Rae_vallavalitsus, lk 100
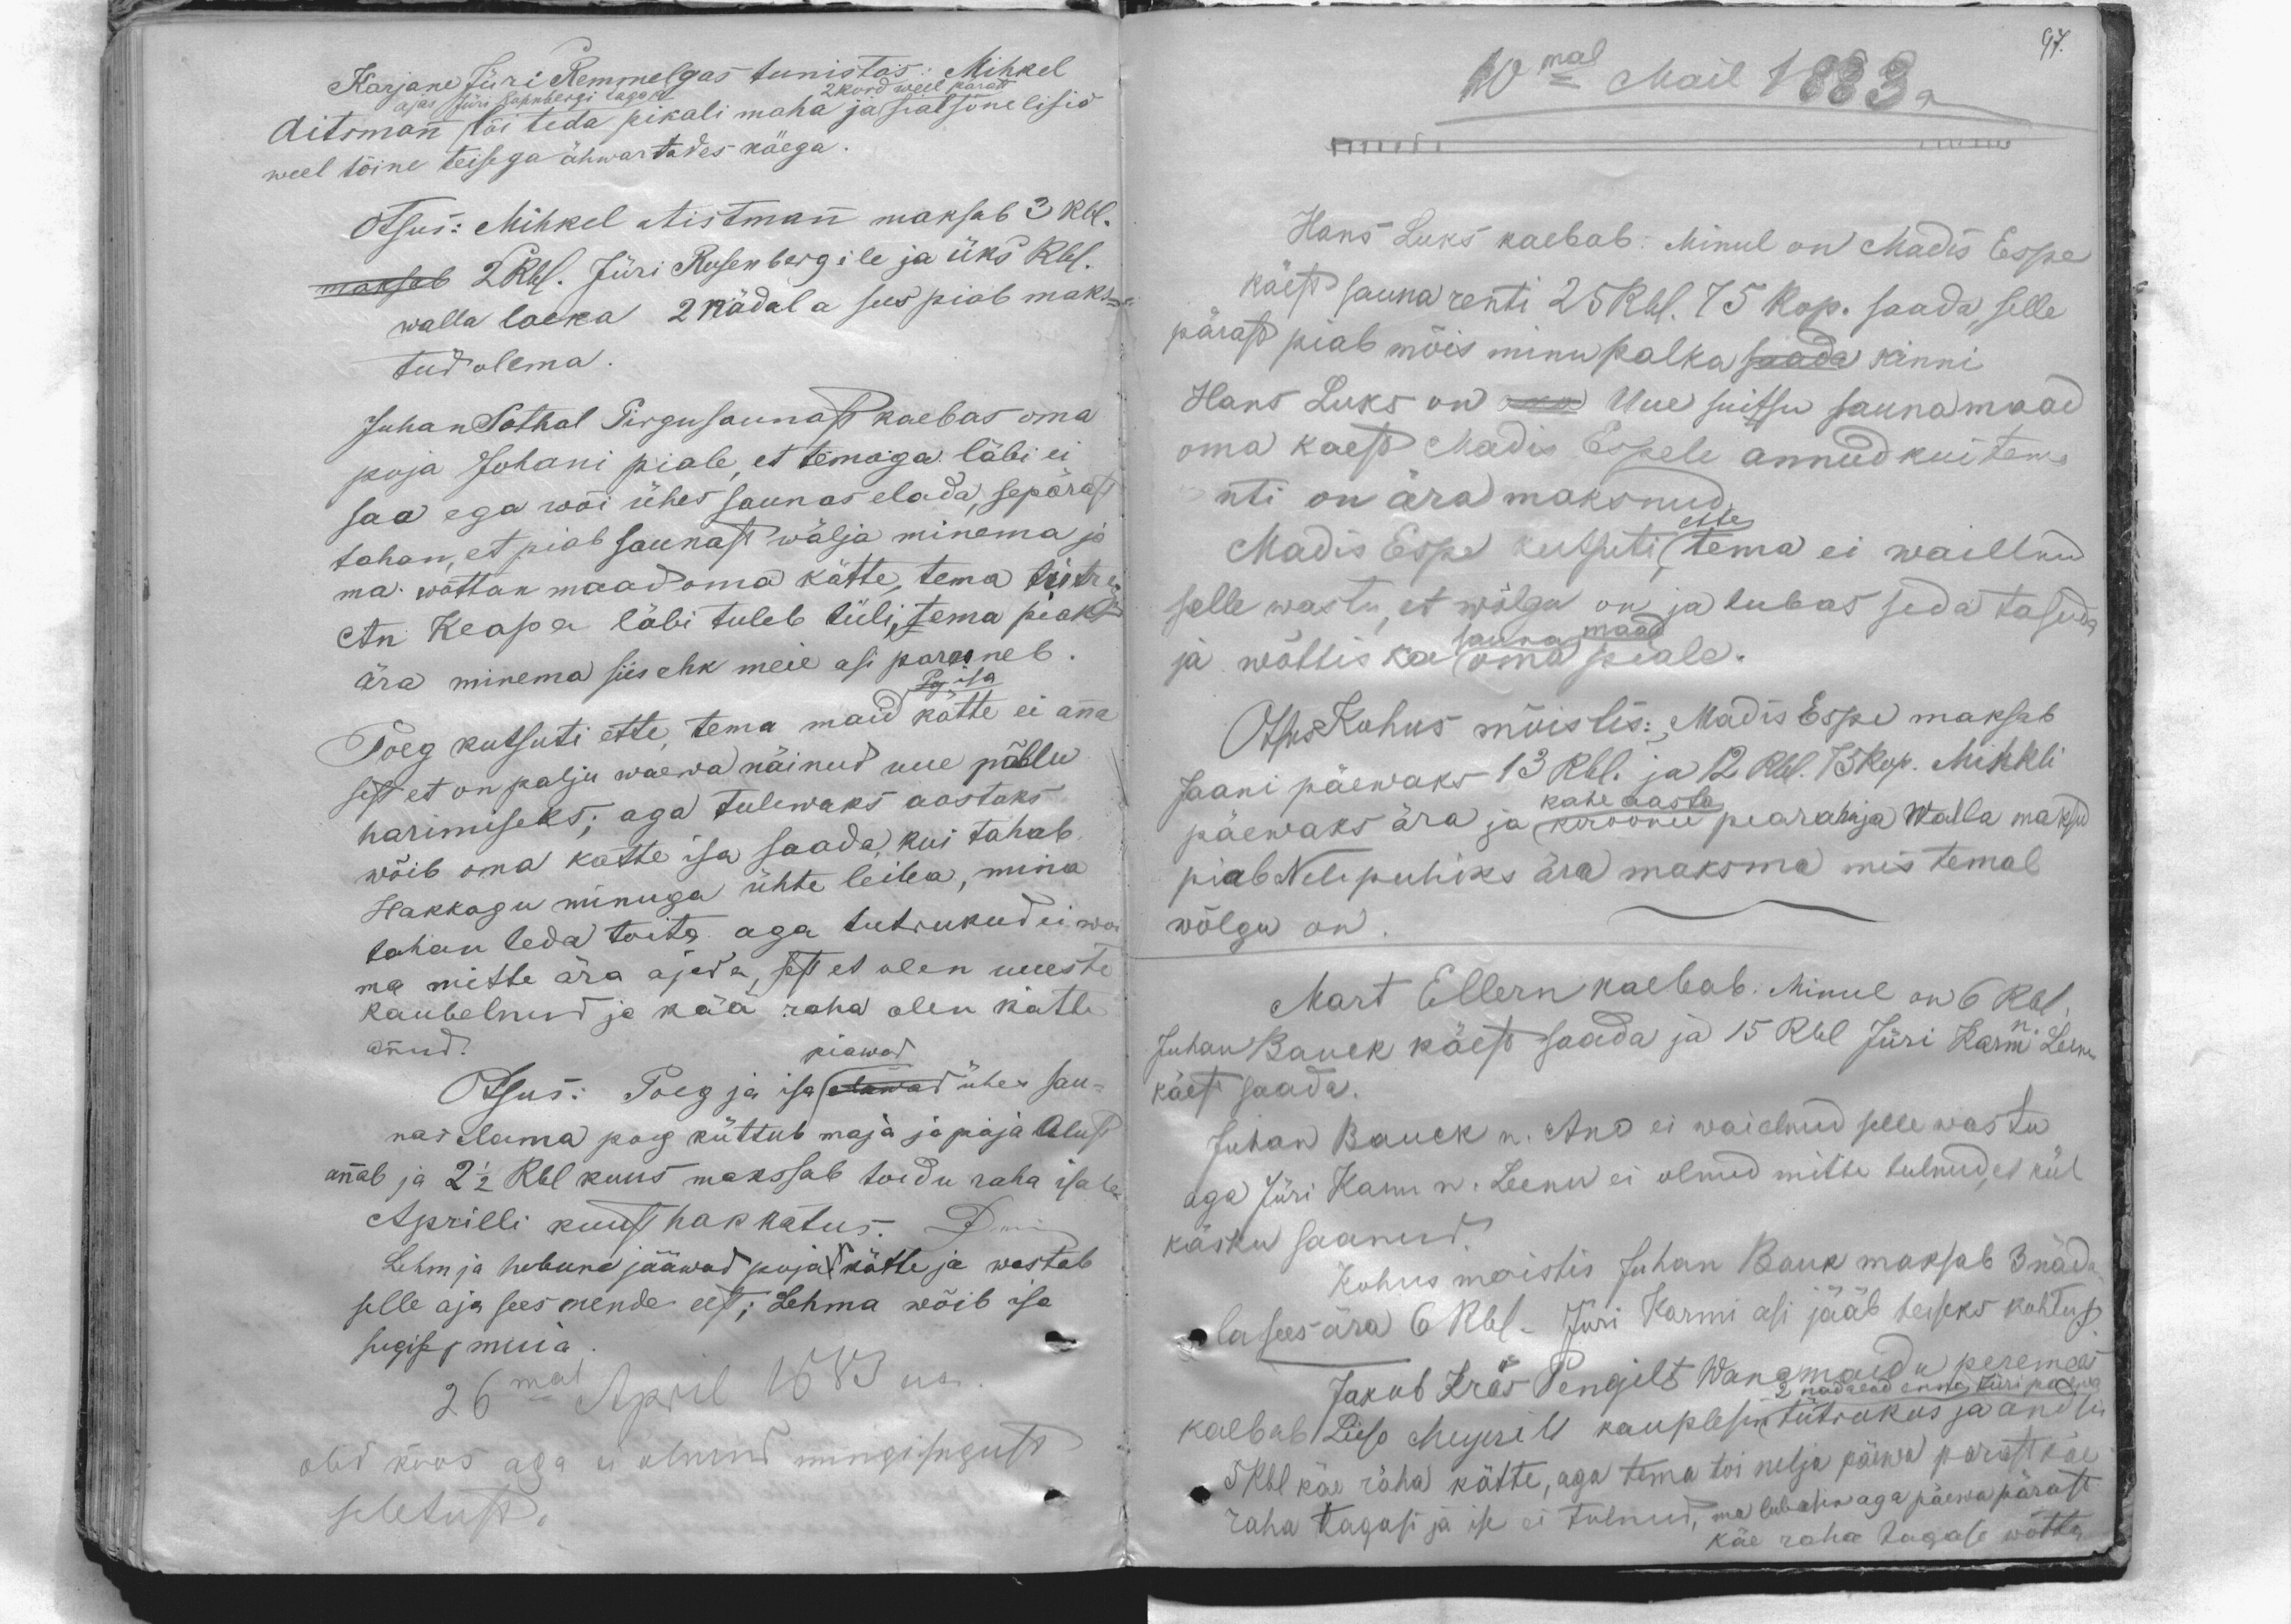
97.

Karjane Jüri Remmelgas tunistas: Mihkel
Aitsmann tõi teda pikali maha ja sial sõnelisid
weel tõine teisega ähwartades käega.
ajas Jüri Rosenbergi taga ja
Otsus: Mihkel Aistmann maksab 3 Rbl.
maksab 2Rbl. Jüri Rosenbergile ja üks Rbl.
walla laeka 2 nädala sees piab maks-
tud olema.
Juhan Sothal Pirgu saunast kaebas oma
poja Johani piale, et temaga läbi ei
saa ega wõi ühes saunas elada, sepärast
tahan, et piab saunast wälja minema ja
ma wõttan maad oma kätte, tema tütre
An Keapa läbi tuleb tüli, tema piaks
ära minema siis ehk meie asi paraneb
Pog isa
Poeg kutsuti ette, tema maid kätte ei anna
sest et on palju waewa näinud uue põllu
harimiseks; aga tulewaks aastaks
wõib oma katte isa saada, kui tahab.
Hakkagu minuga ühte leiba, mina
tahan teda toita aga tutrukud ei woi
ma mitte ära ajada, sest et olen uueste
kaubelnud ja kää raha olen kätte
annud.
piawad
Otsus: Poeg ja isa elawad ühes sau-
nas elama poeg küttub maja ja maja Alust
annab ja 2 1/2 Rbl kuus makssab toidu raha isale
Aprilli kuust hakkatus
Lehm ja hobune jääwad poja kätte ja wastab
selle aja sees nende eest; Lehma wõib isa
sugise j muia
26mal April 1883 ast
olic koos aga ei olnud mingisugust
seletust.

10mal Mail 1883 a
Hans Luks kaebab: Minul on Madis Espe
käest sauna renti 25 Rbl. 75 kop. saada, selle
pärast piab mõis minu palka saada kinni
Hans Luks on oma Uue suitsu saunamaad
oma kaest Madis Espele annud kui tema
nti on ära maksnud.
ette
Madis Espe kutsuti tema ei waielnud
selle wastu, et wõlgu on ja lubas seda tasuda
ja wõttis ka oma piale.
sauna maad
Otsus Kohus mõistis: Madis Espe maksab
Jaani päewaks 13 Rbl. ja 12 Rbl. 75 kop. Mihkli
päewaks ära ja kroonu pearahaja walla maksud
kahe aasta
piab Nelipuhiks ära maksma mis temal
wõlgu on
Mart Ellern kaebab: Minul on 6 Rbl.
Juhan Bauck käest saada ja 15 Rbl Jüri Karm n. Leenu
käest saada.
Juhan Bauck n. Ano ei waielnud selle wastu
aga Jüri Karm n. Leenu ei olnud mitte tulnud, et kül
käsku saanud.
Kohus mõistis Juhan Bauk maksab 3 näda
la sees ära 6 Rbl. Jüri Karmi asi jääb teiseks kohtup.
Jakob Kräs Pengilt Wanamaidu peremees
2 nadalad enne Jüri paewa
kaebab Liiso Meyerilt kauplesin tütrukus ja andsin
5 Rbl käe räha kätte, aga tema toi nelja päewa parast käe
raha tagasi ja ise ei tulnud, ma lubasin aga päewa pärast
käe raha tagase wõtta